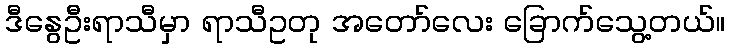
ဒီနွေဦးရာသီမှာ ရာသီဥတု အတော်လေး ခြောက်သွေ့တယ်။